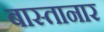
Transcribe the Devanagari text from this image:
बास्तानार